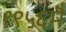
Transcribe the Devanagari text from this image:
१९५६मै